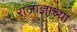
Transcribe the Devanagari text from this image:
राजाज्ञांच्या